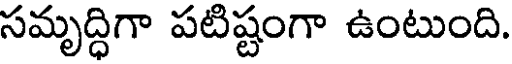
సమృద్ధిగా పటిష్టంగా ఉంటుంది.